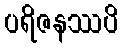
ပရိဇနဿပိ